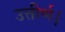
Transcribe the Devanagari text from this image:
उत्तीर्ण।